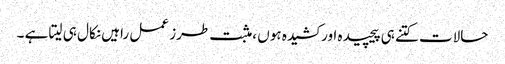
حالات کتنے ہی پیچیدہ اور کشیدہ ہوں ،مثبت طرز عمل راہیں نکال ہی لیتا ہے ۔